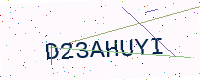
Text: D23AHUYI